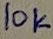
Text: 10K